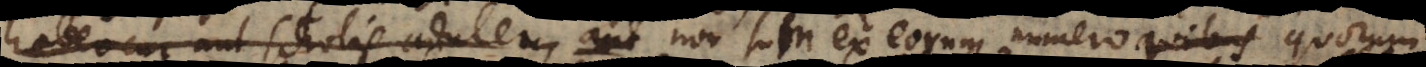
eo cur aut scholis adulem, aut non sum ex eorum numero quorum